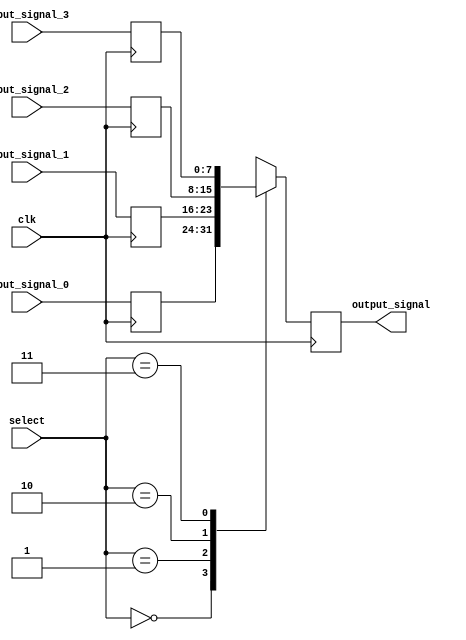
module TimingControlAndSync(
    input wire clk,
    input wire [1:0] select,
    input wire [7:0] input_signal_0,
    input wire [7:0] input_signal_1,
    input wire [7:0] input_signal_2,
    input wire [7:0] input_signal_3,
    output reg [7:0] output_signal
);

reg [7:0] delayed_signal_0;
reg [7:0] delayed_signal_1;
reg [7:0] delayed_signal_2;
reg [7:0] delayed_signal_3;

always @(posedge clk) begin
    case (select)
        2'b00: output_signal <= delayed_signal_0;
        2'b01: output_signal <= delayed_signal_1;
        2'b10: output_signal <= delayed_signal_2;
        2'b11: output_signal <= delayed_signal_3;
    endcase
end

always @(posedge clk) begin
    delayed_signal_0 <= #10 input_signal_0;
    delayed_signal_1 <= #20 input_signal_1;
    delayed_signal_2 <= #30 input_signal_2;
    delayed_signal_3 <= #40 input_signal_3;
end

endmodule